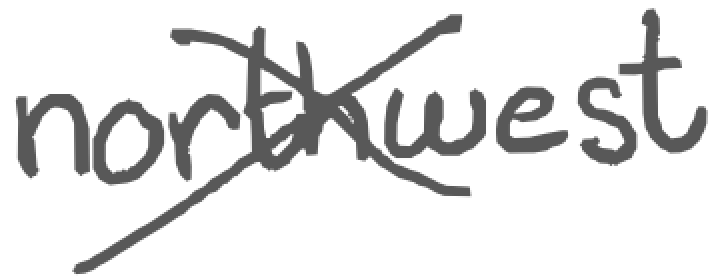
Text: northwest
Cross-out: cross
Writing tool: digital_gray